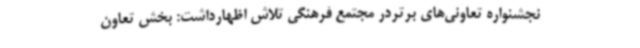
نجشنواره تعاونی‌های برتردر مجتمع فرهنگی تلاش اظهارداشت: بخش تعاون